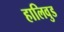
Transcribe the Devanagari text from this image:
हालिवुड